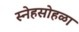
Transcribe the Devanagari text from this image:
स्नेहसोहळा